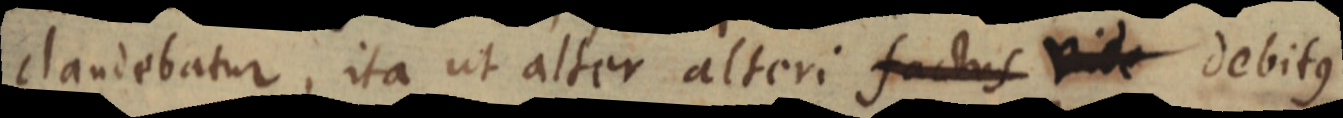
claudebatur, ita ut alter alteri factus vide debitus